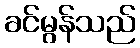
ခင်မွန်သည်